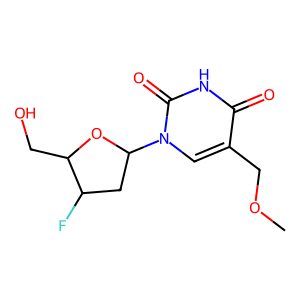
SMILES: COCc1cn(C2CC(F)C(CO)O2)c(=O)[nH]c1=O
Inhibits HIV replication: Yes